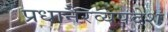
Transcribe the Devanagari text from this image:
प्रधानैरव्यपदेश